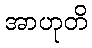
အာဟုတိ